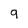
Character: 9